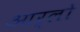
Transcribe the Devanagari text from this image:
आर्लो